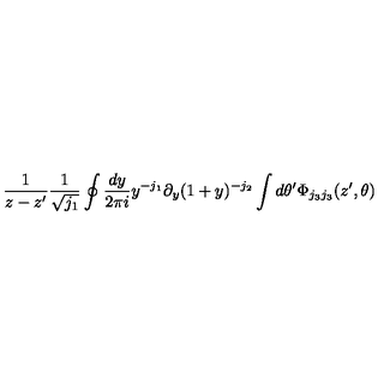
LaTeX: \frac { 1 } { z - z ^ { \prime } } \frac { 1 } { \sqrt { j _ { 1 } } } \oint \frac { d y } { 2 \pi i } y ^ { - j _ { 1 } } \partial _ { y } ( 1 + y ) ^ { - j _ { 2 } } \int d \theta ^ { \prime } \Phi _ { j _ { 3 } j _ { 3 } } ( z ^ { \prime } , \theta )